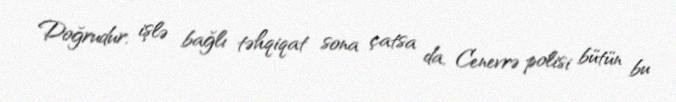
Doğrudur, işlə bağlı təhqiqat sona çatsa da, Cenevrə polisi bütün bu